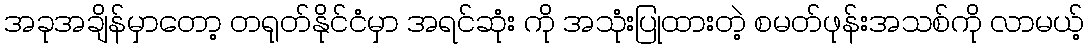
အခုအချိန်မှာတော့ တရုတ်နိုင်ငံမှာ အရင်ဆုံး ကို အသုံးပြုထားတဲ့ စမတ်ဖုန်းအသစ်ကို လာမယ့်